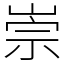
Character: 崇